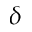
\delta